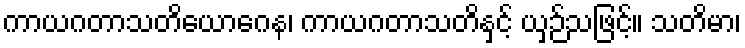
ကာယဂတာသတိယောဂေန၊ ကာယဂတာသတိနှင့် ယှဉ်သဖြင့်။ သတိမာ၊